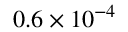
0 . 6 \times 1 0 ^ { - 4 }